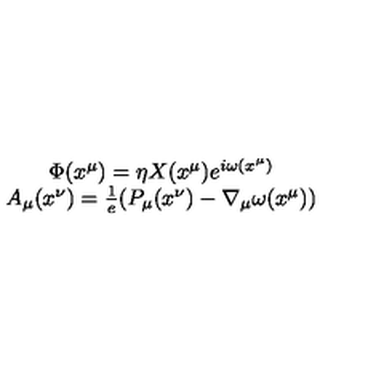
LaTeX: \begin{array} { c } { \Phi ( x ^ { \mu } ) = \eta X ( x ^ { \mu } ) e ^ { i \omega ( x ^ { \mu } ) } } \\ { A _ { \mu } ( x ^ { \nu } ) = \frac { 1 } { e } ( P _ { \mu } ( x ^ { \nu } ) - \nabla _ { \mu } \omega ( x ^ { \mu } ) ) } \\ \end{array}